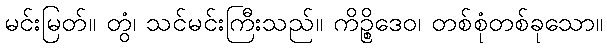
မင်းမြတ်။ တွံ၊ သင်မင်းကြီးသည်။ ကိဉ္စိဒေဝ၊ တစ်စုံတစ်ခုသော။